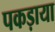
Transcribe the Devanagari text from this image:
पकड़ाया